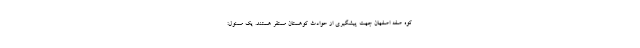
کوه صفه اصفهان جهت پیشگیری از حوادث کوهستان مستقر هستند. یک مسئول: